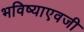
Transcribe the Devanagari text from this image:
भविष्याएवजी